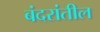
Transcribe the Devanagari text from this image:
बंदरांतील